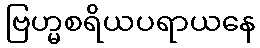
ဗြဟ္မစရိယပရာယနေ